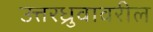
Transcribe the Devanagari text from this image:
उत्तरध्रुवावरील